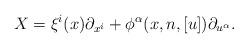
LaTeX: \begin{align*}X=\xi^i(x)\partial_{x^i}+\phi^{\alpha}(x,n,[u])\partial_{u^{\alpha}}.\end{align*}